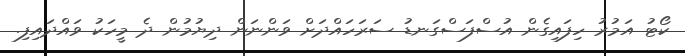
ކޯޓު އަމުރު ހިފައިގެން އުސްފަސްގަނޑު ސަރަހައްދަށް ވަންނަން ދިޔުމުން ދެ މީހަކު ވައްދައިފި.